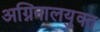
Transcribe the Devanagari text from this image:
अग्निनालयुक्त